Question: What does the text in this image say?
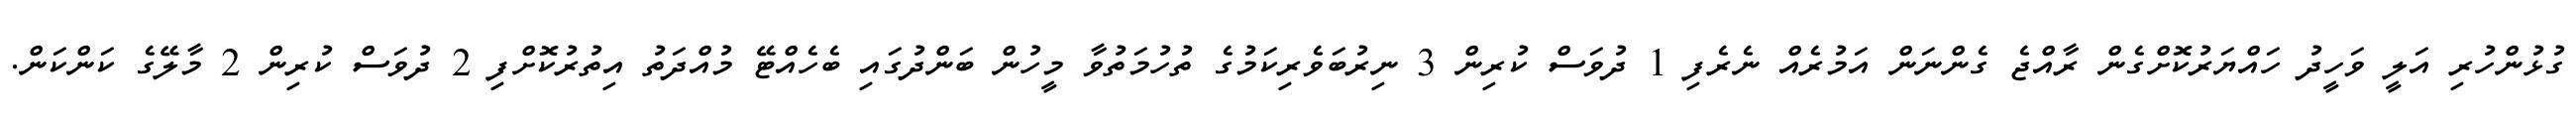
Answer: ގުޅުންހުރި އަލީ ވަހީދު ހައްޔަރުކޮށްގެން ރާއްޖެ ގެންނަން އަމުރެއް ނެރެފި 1 ދުވަސް ކުރިން 3 ނިރުބަވެރިކަމުގެ ތުހުމަތުވާ މީހުން ބަންދުގައި ބެހެއްޓޭ މުއްދަތު އިތުރުކޮށްފި 2 ދުވަސް ކުރިން 2 މާލޭގެ ކަންކަން.